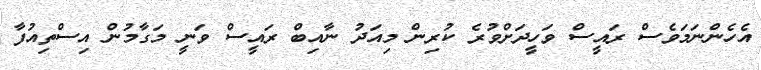
އެހެންނަމަވެސް ރައީސް ވަހީދަށްވުރެ ކުރިން މިއަދު ނާއިބް ރައީސް ވަނީ މަގާމުން އިސްތިއުފާ